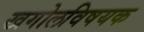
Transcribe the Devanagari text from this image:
खगोलविषयक